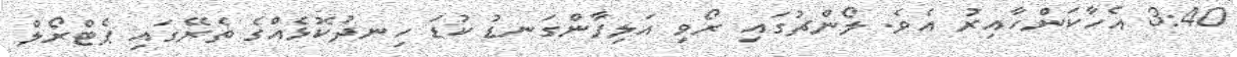
3:40 އެހާކަންހާއިރު އެވެ. ލޯންޗުގައި ރޯވި އަލިފާންގަނޑު ކުޑަ ހިނދުކޮޅެއްގެ ތެރޭގައި ޕެޓްރޯލް